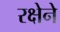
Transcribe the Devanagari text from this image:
रक्षेने